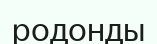
родонды